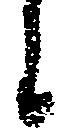
候